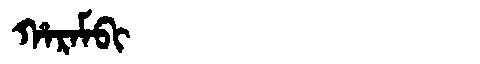
Manchu: ᡥᠠᡵᠠᠮᠪᡳ
Romanization: HARAMBI